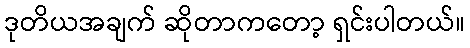
ဒုတိယအချက် ဆိုတာကတော့ ရှင်းပါတယ်။